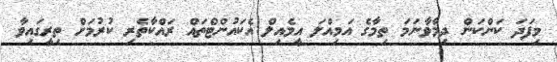
މިފަދަ ކަންކަން ދިމާވާނަމަ ތިމާގެ އަމިއްލަ އީމެއިލް އެކައުންޓްތައް ރައްކާތެރި ކުރުމަށް ތިރީގައިވާ